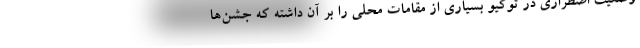
وضعیت اضطراری در توکیو بسیاری از مقامات محلی را بر آن داشته که جشن‌ها